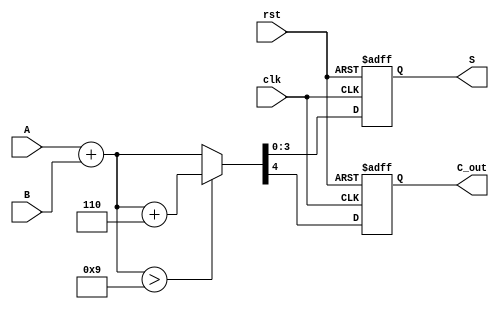
module BCD_Redundant_Binary_Adder (
    input  [3:0] A,      // First BCD input
    input  [3:0] B,      // Second BCD input
    output reg [3:0] S,  // BCD output
    output reg C_out,     // Carry out
    input clk,           // Clock signal
    input rst            // Reset signal
);

    // Internal wires for the addition result
    wire [4:0] sum;       // 5 bits to accommodate carry
    wire [4:0] adjusted_sum;

    // Add the two BCD inputs with an extra bit for carry
    assign sum = {1'b0, A} + {1'b0, B}; // 5-bit addition

    // BCD adjustment logic: if sum > 9, add 6 (0110)
    assign adjusted_sum = (sum > 5'd9) ? (sum + 5'd6) : sum;

    always @(posedge clk or posedge rst) begin
        if (rst) begin
            S <= 4'b0000;  // Reset output to 0
            C_out <= 1'b0; // Reset carry out to 0
        end else begin
            S <= adjusted_sum[3:0]; // Take the lower 4 bits as output
            C_out <= adjusted_sum[4]; // Carry out is the 5th bit
        end
    end

endmodule